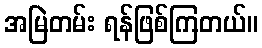
အမြဲတမ်း ရန်ဖြစ်ကြတယ်။